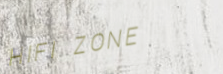
HIFI ZONE